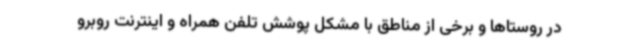
در روستاها و برخی از مناطق با مشکل پوشش تلفن همراه و اینترنت روبرو